Civil Veterinary Department Bihar & Orissa reports 1922-29 - 1922-1929
Year: 1922
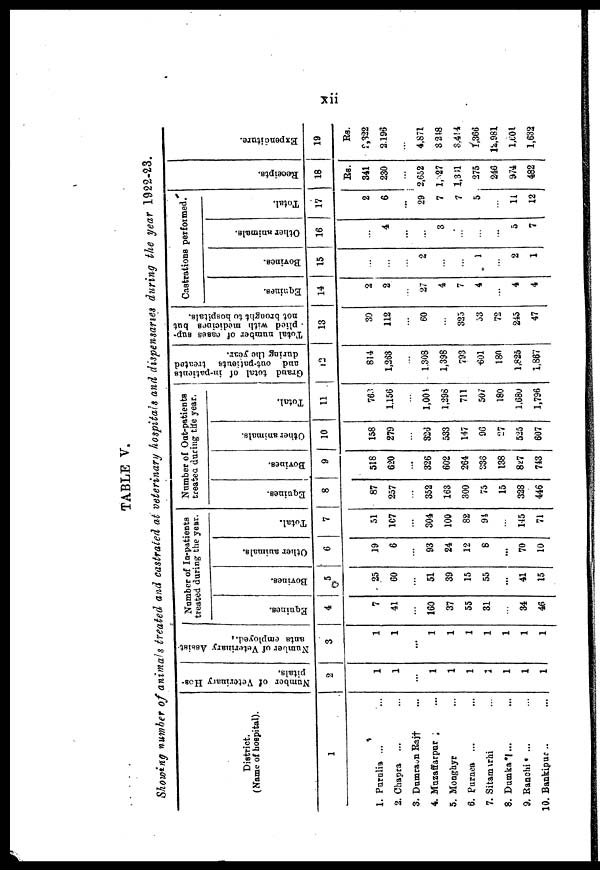
xii
TABLE V.
Showing number of animals treated and castrated at veterinary hospitals and dispensaries, during the year 1922-23.
District.
(Name of hospital).
1
1. Purulia ... ...
2. Chapra ... ...
3. Dumravan Raj ...
4. Muzaffarpur ...
5. Moughyr ... ...
6. Puraea ... ...
7. Sitarmurhi ... ...
8. Dumka ... ...
9. Ranchi ... ...
10. Bankipur ... ...
Number of Veterinary Hos-
pitals.
2
1
1
...
1
1
1
1
1
1
1
Number
of Veterinary Assist
ants employed.
3
1
1
...
1
1
1
1
1
1
1
Numbcr of ln-patients
treated during; the year.
Equines.
4
7
41
...
160
37
55
31
...
34
46
Bovines.
5
Other animals.
6
25
60
...
51
39
15
55
...
41
15
19
6
...
93
24
12
8
...
70
10
Total.
7
51
167
...
304
100
82
94
...
145
71
Number of Out-patients
treated during the year.
Equines.
8
87
257
...
352
163
300
75
15
328
446
Bovines.
9
518
620
...
326
602
264
336
138
827
743
Other animals.
10
158
279
...
326
533
147
96
27
525
607
Total.
11
763
1,156
...
1,004
1,298
711
507
180
1,680
1,796
Grand total of in-patients
and out-patients treated
during the year.
12
814
1,263
...
1,308
1,398
793
601
180
1,825
1,867
Total number of cases sup*
plied with medicines but
not brought to hospitals.
13
30
112
...
60
...
325
53
72
245
47
Castrations performed.
Equines
14
2
2
...
27
4
7
4
...
4
4
Bovines.
15
...
...
...
2
...
...
1
...
2
1
Other animals.
16
...
4
...
...
3
...
...
...
5
7
Tot al .
17
2
6
...
29
7
7
5
...
11
12
Recei pt s .
18
Rs.
341
230
...
2,652
1,527
1,361
275
246
974
482
Expendi t
ur e.
19
Rs.
2,322
2,196
...
4,871
4,318
3,414
1,366
12,981
1,601
1,632